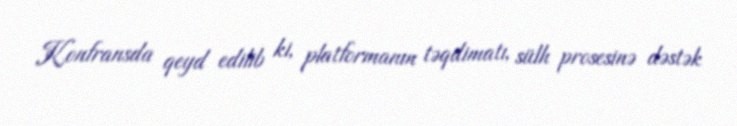
Konfransda qeyd edilib ki, platformanın təqdimatı, sülh prosesinə dəstək